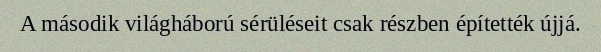
A második világháború sérüléseit csak részben építették újjá.